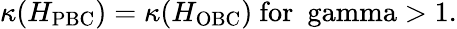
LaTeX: \begin{array}{r}{\kappa(H_{\mathrm{PBC}})=\kappa(H_{\mathrm{OBC}})\ \mathrm{for\ \ gamma>1}.}\end{array}